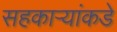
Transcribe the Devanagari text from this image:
सहकार्‍यांकडे